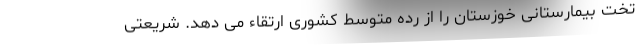
تخت بیمارستانی خوزستان را از رده متوسط کشوری ارتقاء می دهد. شریعتی